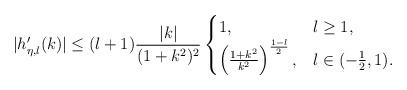
LaTeX: \begin{align*}|h_{\eta,l}'(k)| \le (l+1)\frac{|k|}{(1+k^2)^2} \begin{cases} 1, & l\ge 1, \\ \left(\frac{1+k^2}{k^2}\right)^{\frac{1-l}{2}}, & l\in (-\frac{1}{2},1).\end{cases}\end{align*}